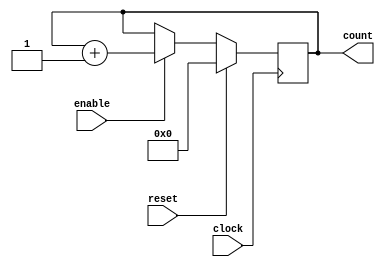
//`timescale 1s/100ms
//Design Name : counter
//Function : 4-bit up counter with synchronous active high reset and enable
// -----------------------------------------------------------------------

module counter (clock, reset, enable, count);
	input clock;
	input reset;
	input enable;
	
	output[15:0] count;
	
	wire clock;
	wire reset;
	wire enable;
	
	reg[15:0] count;
	
	always @ (posedge clock) begin	
		if(reset == 1'b1) begin 
			count <= 16'b0;
		end
		
		else if(enable == 1'b1) begin	
			count <= count + 1'b1;
		end
	end
endmodule